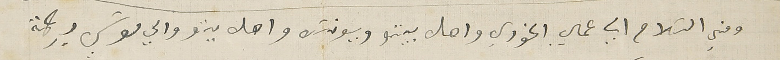
ومني السَلام الي عمي الخوري واهل بيتو وبيونسَ واهل بيتو والي موسَي بركة